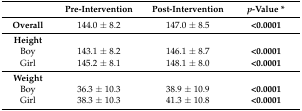
<table><thead><tr><td></td><td><b>Pre-Intervention</b></td><td><b>Post-Intervention</b></td><td><b><i>p</i>-Value *</b></td></tr></thead><tbody><tr><td><b>Overall</b></td><td>144.0 ± 8.2</td><td>147.0 ± 8.5</td><td><b>&lt;0.0001</b></td></tr><tr><td><b>Height</b></td><td colspan="3"></td></tr><tr><td>Boy</td><td>143.1 ± 8.2</td><td>146.1 ± 8.7</td><td><b>&lt;0.0001</b></td></tr><tr><td>Girl</td><td>145.2 ± 8.1</td><td>148.1 ± 8.0</td><td><b>&lt;0.0001</b></td></tr><tr><td><b>Weight</b></td><td colspan="3"></td></tr><tr><td>Boy</td><td>36.3 ± 10.3</td><td>38.9 ± 10.9</td><td><b>&lt;0.0001</b></td></tr><tr><td>Girl</td><td>38.3 ± 10.3</td><td>41.3 ± 10.8</td><td><b>&lt;0.0001</b></td></tr></tbody></table>